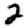
Digit: 2